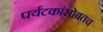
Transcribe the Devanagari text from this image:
पर्यटकांसोबतच